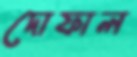
দোফাল